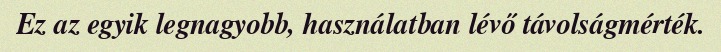
Ez az egyik legnagyobb, használatban lévő távolságmérték.